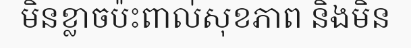
មិនខ្លាចប៉ះពាល់សុខភាព និងមិន